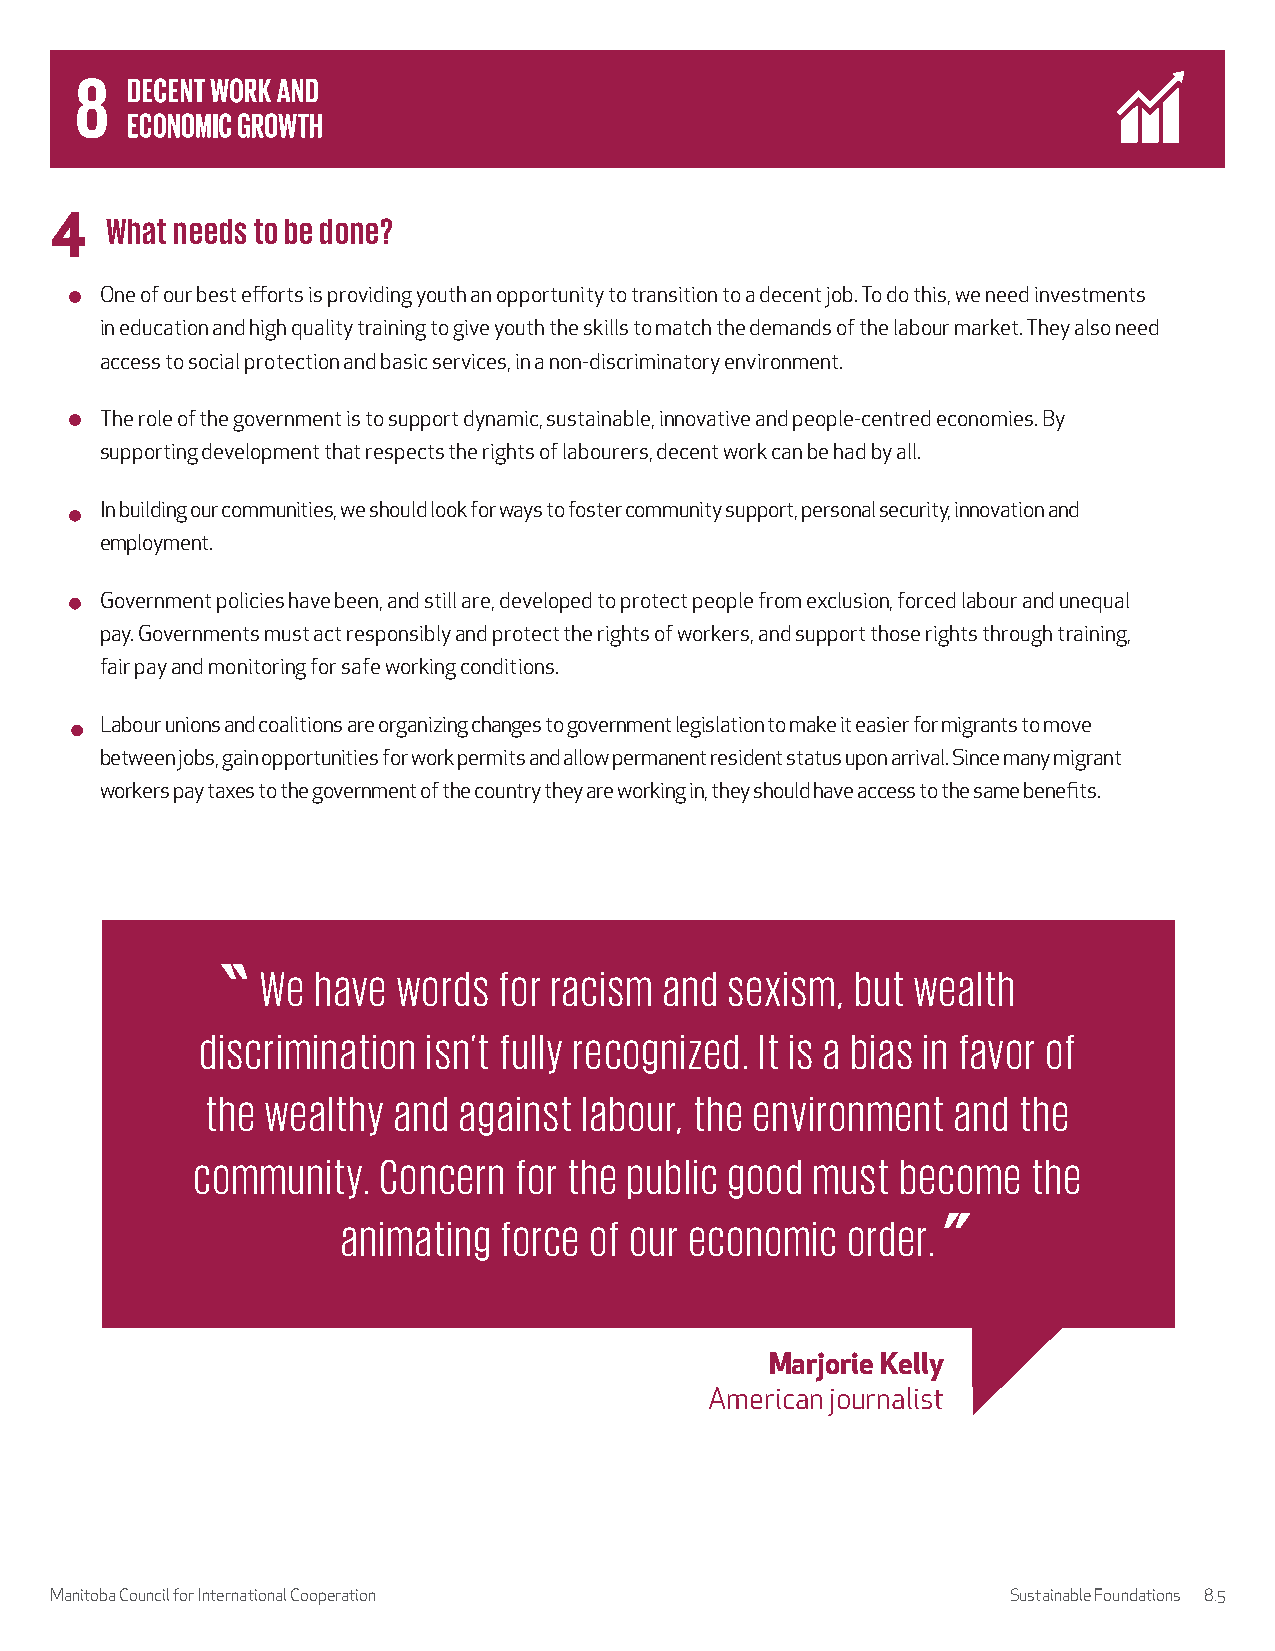
4   What needs to be done?
 One of our best efforts is providing youth an opportunity to transition to a decent job. To do this, we need investments
 in education and high quality training to give youth the skills to match the demands of the labour market. They also need
 access to social protection and basic services, in a non-discriminatory environment.
 The role of the government is to support dynamic, sustainable, innovative and people-centred economies. By
 supporting development that respects the rights of labourers, decent work can be had by all.
 In building our communities, we should look for ways to foster community support, personal security, innovation and
 employment.
 Government policies have been, and still are, developed to protect people from exclusion, forced labour and unequal
 pay. Governments must act responsibly and protect the rights of workers, and support those rights through training,
 fair pay and monitoring for safe working conditions.
 Labour unions and coalitions are organizing changes to government legislation to make it easier for migrants to move
 between jobs, gain opportunities for work permits and allow permanent resident status upon arrival. Since many migrant
 workers pay taxes to the government of the country they are working in, they should have access to the same benefits.
 We  have words  for racism and sexism,  but wealth
 discrimination isn’t fully recognized. It is a bias in favor of
 the wealthy and against  labour, the environment and  the
 community.  Concern  for the public good must  become  the
 animating force of our economic  order.
 Marjorie Kelly
 American journalist
 Manitoba Council for International Cooperation                  Sustainable Foundations 8.5